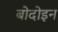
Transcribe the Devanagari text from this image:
बोदोइन